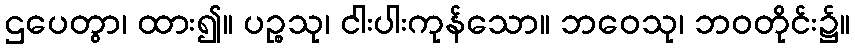
ဌပေတွာ၊ ထား၍။ ပဉ္စသု၊ ငါးပါးကုန်သော။ ဘဝေသု၊ ဘဝတိုင်း၌။